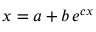
x = a + b \, e ^ { c x }